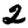
Digit: 2